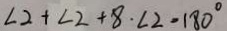
\angle 2 + \angle 2 + 8 \cdot \angle 2 = 1 8 0 ^ { \circ }